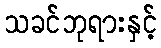
သခင်ဘုရားနှင့်